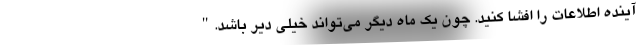
آینده اطلاعات را افشا کنید. چون یک ماه دیگر می‌تواند خیلی دیر باشد."